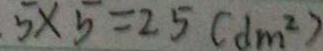
5 \times 5 = 2 5 ( d m ^ { 2 } )